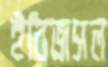
ইবিজসল